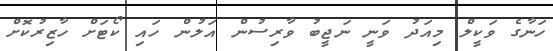
ހަނާގެ ވަކީލް މިއަދު ވަނީ ނަޖީބު ވާރިސުން އަލުން ހައި ކޯޓަށް ހާޒިރުކޮށް